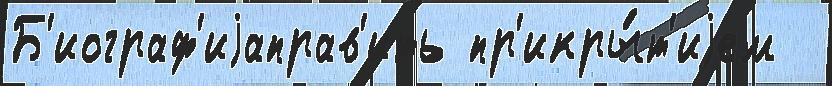
Б'иограф'иjаправ'ить пр'икры́т'иjем